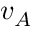
v _ { A }